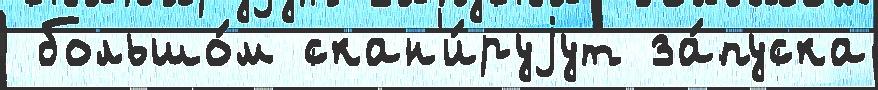
 большо́м скан'и́руjут за́пуска